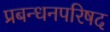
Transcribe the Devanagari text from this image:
प्रबन्धनपरिषद